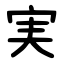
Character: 実